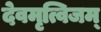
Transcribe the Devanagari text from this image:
देवमृत्विजम्